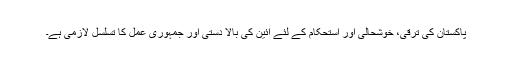
پاکستان کی ترقی، خوشحالی اور استحکام کے لئے آئین کی بالا دستی اور جمہوری عمل کا تسلسل لازمی ہے۔